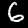
Label: 6